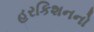
હરકિશનનો